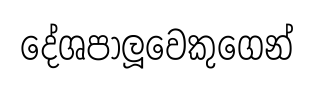
දේශපාලූවෙකුගෙන්